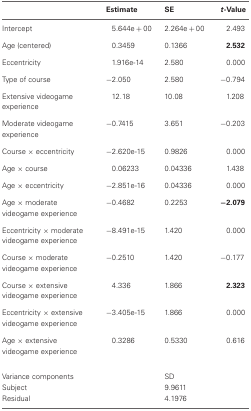
|  | Estimate | SE | t-Value |
 | --- | --- | --- | --- |
 | Intercept | 5.644e + 00 | 2.264e + 00 | 2.493 |
 | Age (centered) | 0.3459 | 0.1366 | 2.532 |
 | Eccentricity | 1.916e-14 | 2.580 | 0.000 |
 | Type of course | −2.050 | 2.580 | −0.794 |
 | Extensive videogame experience | 12.18 | 10.08 | 1.208 |
 | Moderate videogame experience | −0.7415 | 3.651 | −0.203 |
 | Course × eccentricity | −2.620e-15 | 0.9826 | 0.000 |
 | Age × course | 0.06233 | 0.04336 | 1.438 |
 | Age × eccentricity | −2.851e-16 | 0.04336 | 0.000 |
 | Age × moderate videogame experience | −0.4682 | 0.2253 | −2.079 |
 | Eccentricity × moderate videogame experience | −8.491e-15 | 1.420 | 0.000 |
 | Course × moderate videogame experience | −0.2510 | 1.420 | −0.177 |
 | Course × extensive videogame experience | 4.336 | 1.866 | 2.323 |
 | Eccentricity × extensive videogame experience | −3.405e-15 | 1.866 | 0.000 |
 | Age × extensive videogame experience | 0.3286 | 0.5330 | 0.616 |
 | Variance components |  | SD |  |
 | Subject |  | 9.9611 |  |
 | Residual |  | 4.1976 |  |